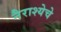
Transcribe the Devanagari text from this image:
नैराश्येचे